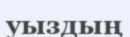
уыздың